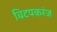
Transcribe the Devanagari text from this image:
विटपकरंज